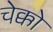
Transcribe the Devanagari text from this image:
चेक्को